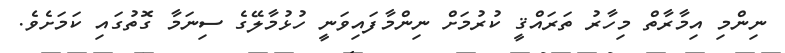
ނިންމި އިމާރާތް މިހާރު ތަރައްޤީ ކުރުމަށް ނިންމާފައިވަނީ ހުޅުމާލޭގެ ސިނަމާ ގޮތުގައި ކަމަށެވެ.